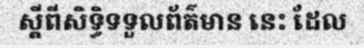
ស្តីពីសិទ្ធិទទួលព័ត៌មាន នេះ ដែល